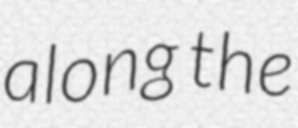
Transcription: along the